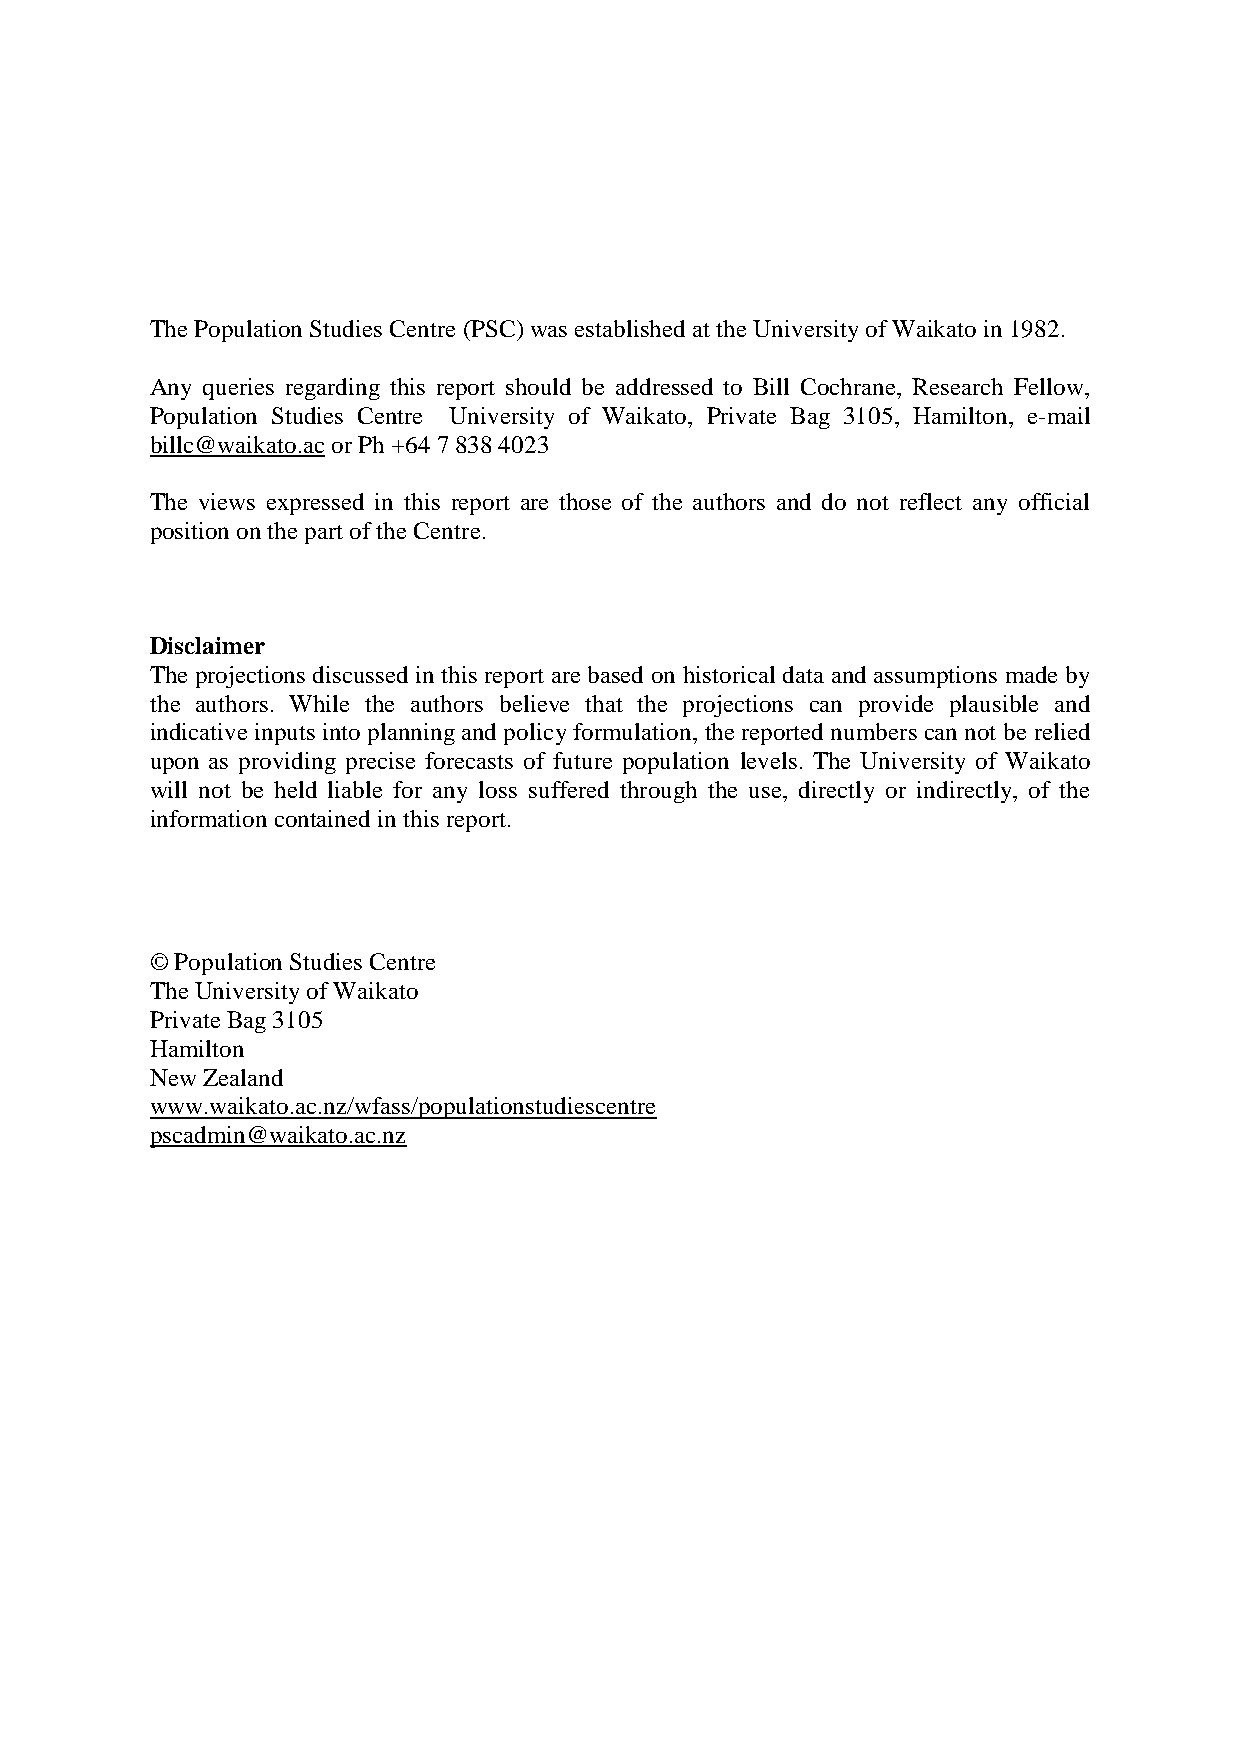
The Population Studies Centre (PSC) was established at the University of Waikato in 1982.
 Any queries regarding this report should be addressed to Bill Cochrane, Research Fellow,
 Population Studies Centre University of Waikato, Private Bag 3105, Hamilton, e-mail
 billc@waikato.ac or Ph +64 7 838 4023
 The views expressed in this report are those of the authors and do not reflect any official
 position on the part of the Centre.
 Disclaimer
 The projections discussed in this report are based on historical data and assumptions made by
 the authors. While the authors believe that the projections can provide plausible and
 indicative inputs into planning and policy formulation, the reported numbers can not be relied
 upon as providing precise forecasts of future population levels. The University of Waikato
 will not be held liable for any loss suffered through the use, directly or indirectly, of the
 information contained in this report.
 © Population Studies Centre
 The University of Waikato
 Private Bag 3105
 Hamilton
 New Zealand
 www.waikato.ac.nz/wfass/populationstudiescentre
 pscadmin@waikato.ac.nz